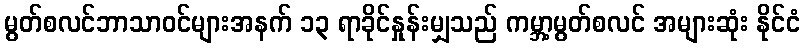
မွတ်စလင်ဘာသာဝင်များအနက် ၁၃ ရာခိုင်နှုန်းမျှသည် ကမ္ဘာ့မွတ်စလင် အများဆုံး နိုင်ငံ